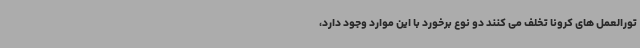
تورالعمل های کرونا تخلف می کنند دو نوع برخورد با این موارد وجود دارد،